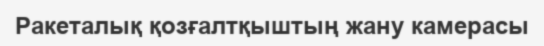
Ракеталық қозғалтқыштың жану камерасы